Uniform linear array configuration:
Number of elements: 24
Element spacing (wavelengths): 0.5
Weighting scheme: hamming
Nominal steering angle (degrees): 60
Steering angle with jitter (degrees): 60.456
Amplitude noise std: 0.05
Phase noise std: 0.05

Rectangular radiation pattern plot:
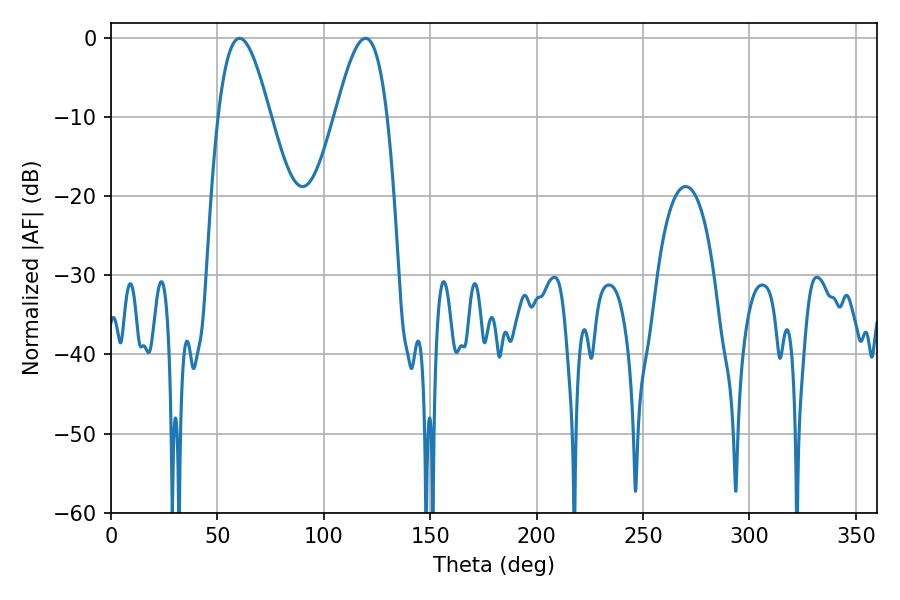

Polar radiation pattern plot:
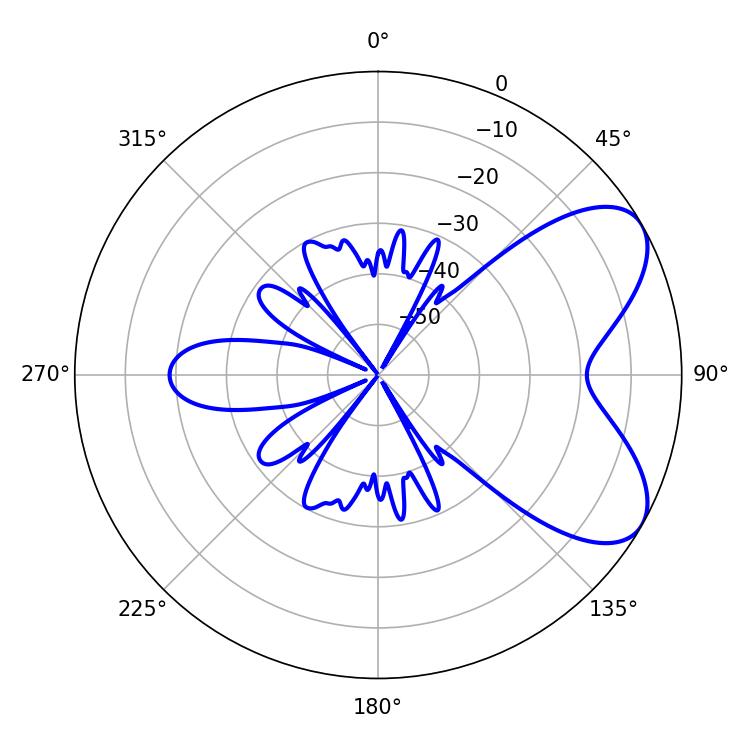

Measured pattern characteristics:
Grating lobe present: FALSE
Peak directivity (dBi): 6.539
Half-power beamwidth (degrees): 13.14
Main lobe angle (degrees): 60.48